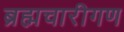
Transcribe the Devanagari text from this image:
ब्रह्मचारीगण